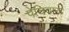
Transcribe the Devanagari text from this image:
पेचिवास